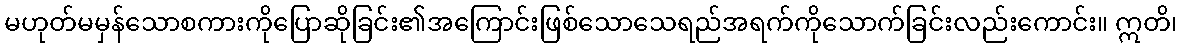
မဟုတ်မမှန်သောစကားကိုပြောဆိုခြင်း၏အကြောင်းဖြစ်သောသေရည်အရက်ကိုသောက်ခြင်းလည်းကောင်း။ ဣတိ၊